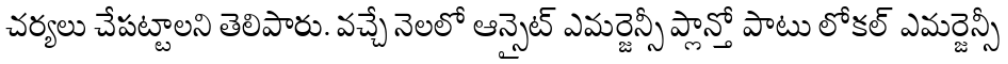
చర్యలు చేపట్టాలని తెలిపారు. వచ్చే నెలలో ఆన్సైట్ ఎమర్జెన్సీ ప్లాన్తో పాటు లోకల్ ఎమర్జెన్సీ